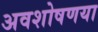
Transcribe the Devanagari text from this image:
अवशोषणया